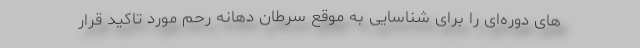
های دوره‌ای را برای شناسایی به موقع سرطان دهانه رحم مورد تاکید قرار